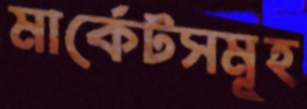
মার্কেটসমূহ